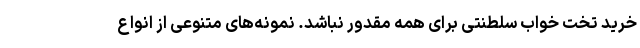
خرید تخت خواب سلطنتی برای همه مقدور نباشد. نمونه‌های متنوعی از انواع